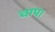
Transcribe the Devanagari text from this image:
चाप।